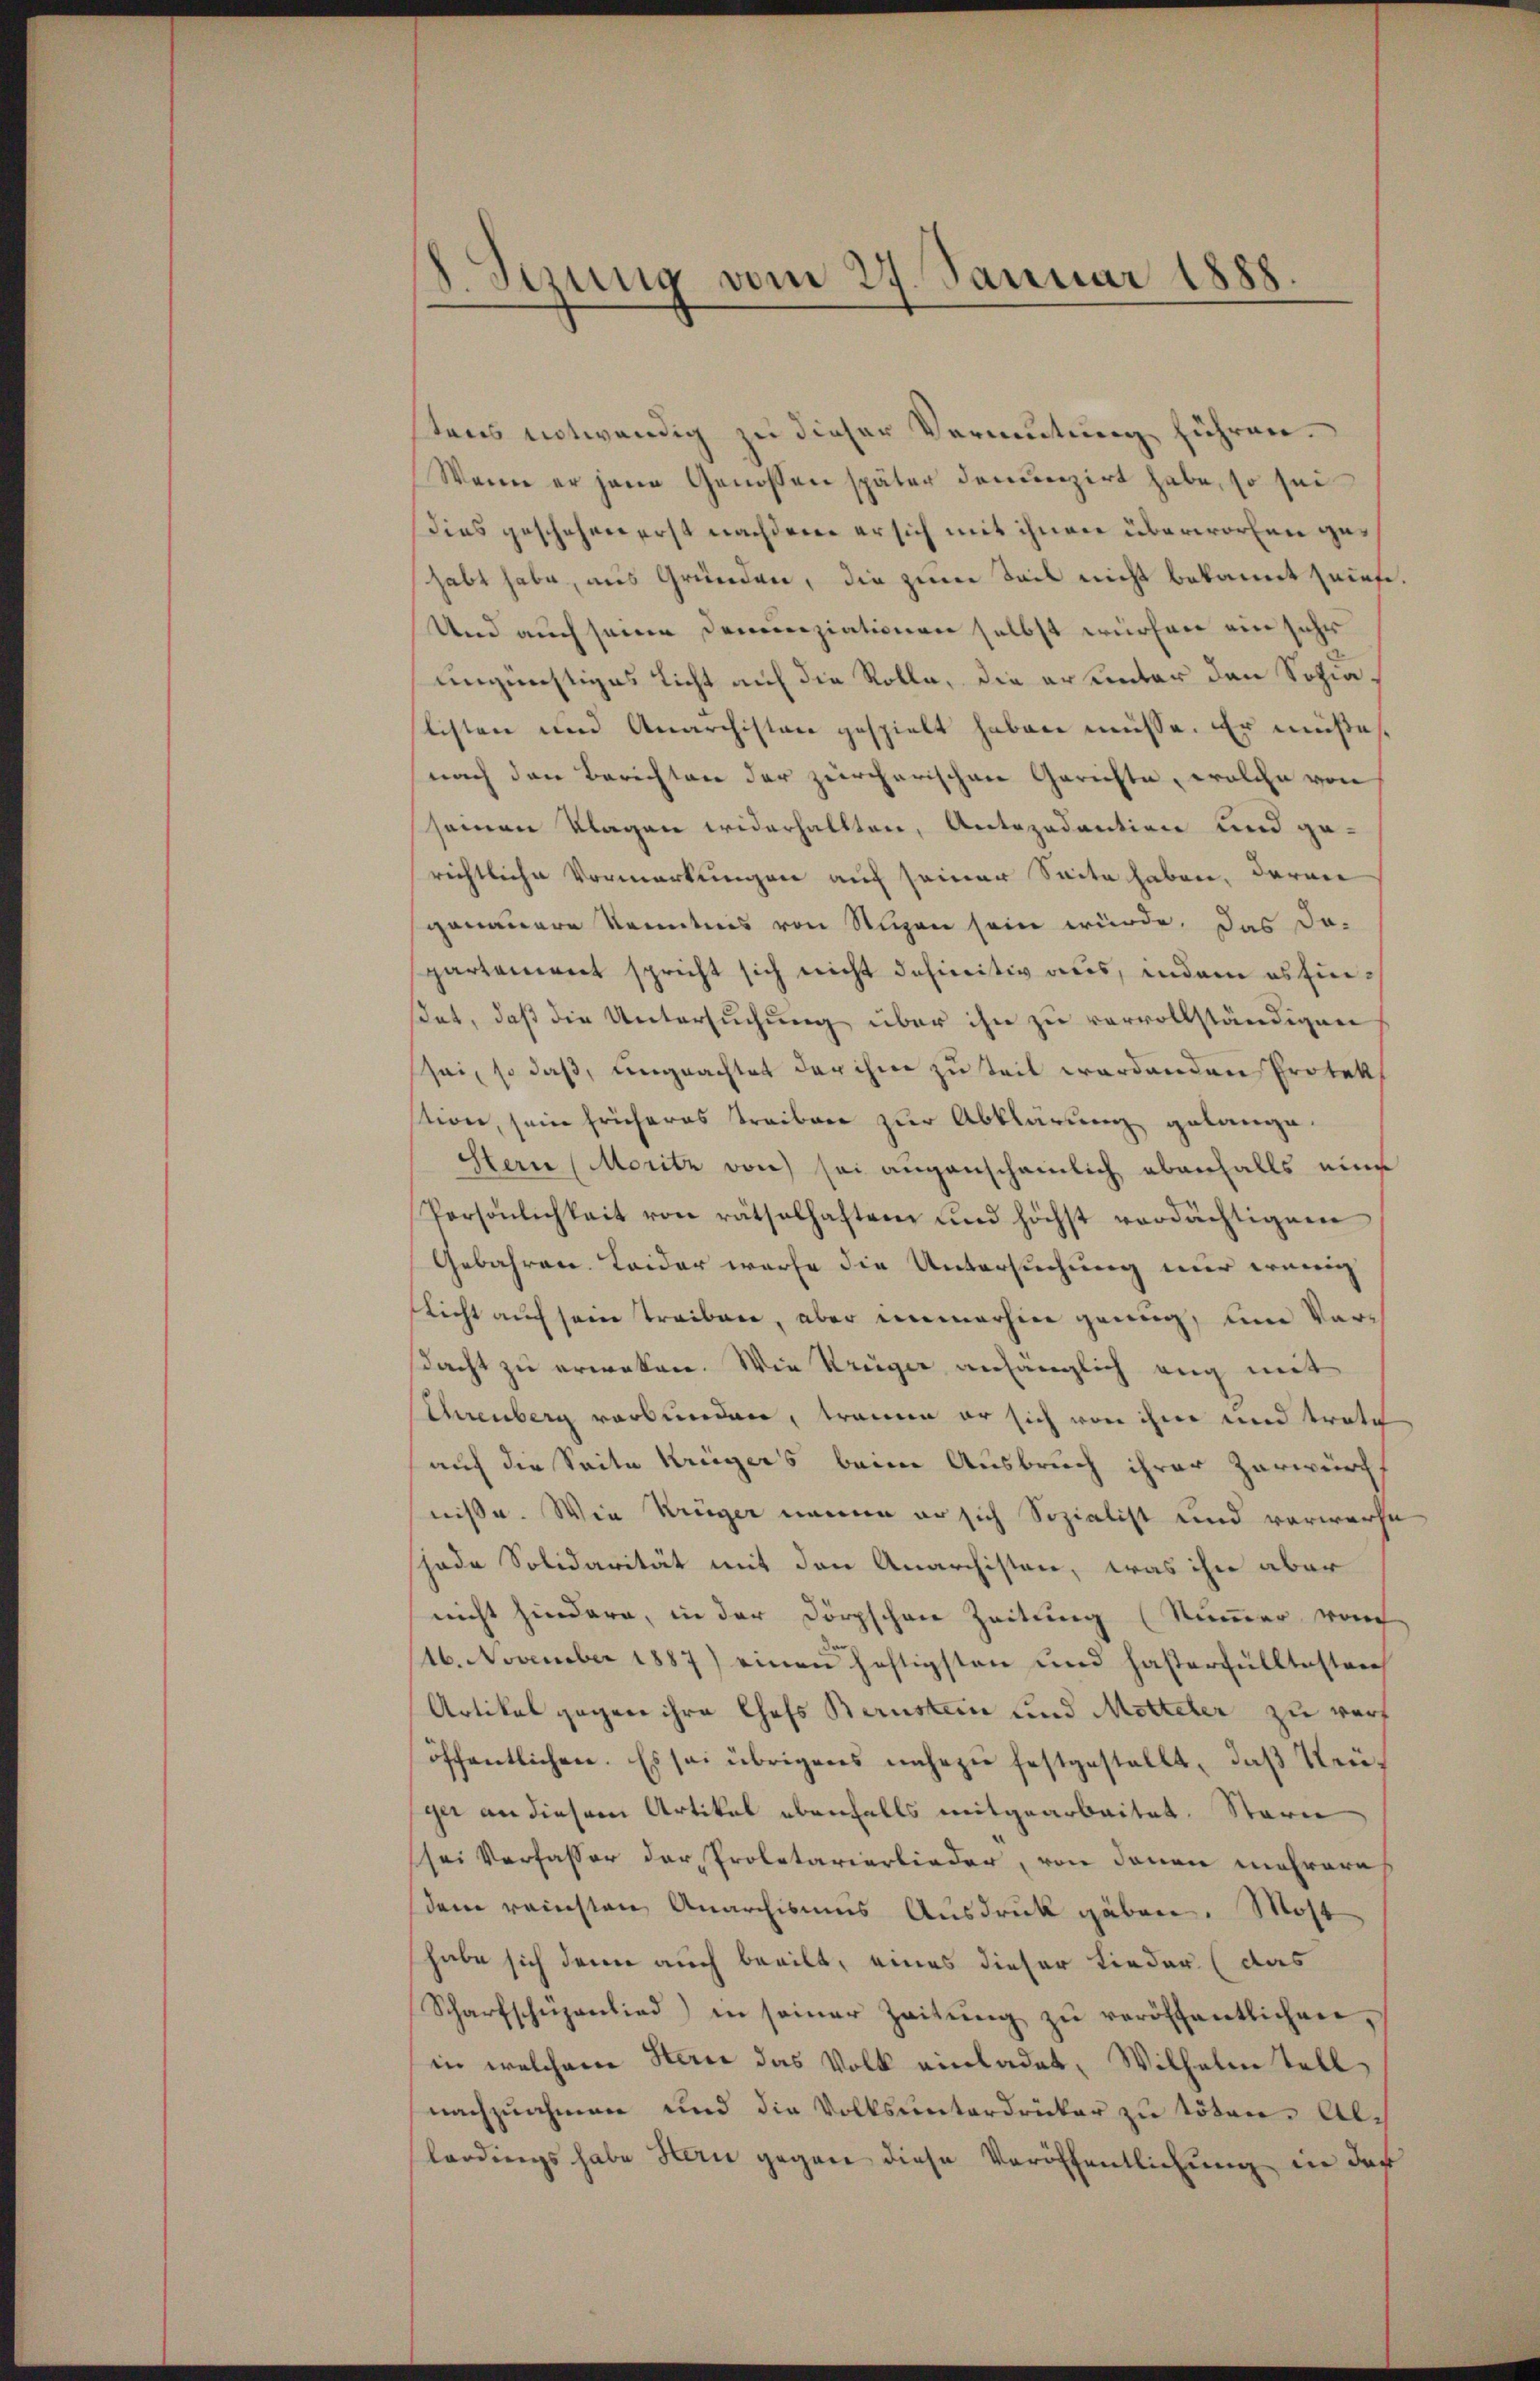
8. Sizung vom 27. Januar 1888.

tens entwendig zu dieser Vermutung führen.
Wenn er jene Genossen später denunzirt habe, so sei
dies geschehen erst nachdem er sich mit ihnen überworfen gehabt habe, aus Gründen, die zum Teils nicht bekannt zeite.
Und auch seine Denunziationen selbst würfen ein sehr
ungünstiges Licht auf die Rolle, die er unter den Sohin
listen und Anarchistor gespielt haben müsse. Er müße
nach den Berichten der zürcherischen Gerichte, welche von
seinen Klagen widerhaltten, Antozadention und gerichtliche Vormerkungen auf seiner Seite haben, daran
genauere Kenntnis von Stipen sein würde. Das Do-
partement spricht sich nicht dahieritiv aus, indem es finset, daß die Untersuchung über ihn zu vervollständigen
sei, so daß, ungeachtet der ihne zu teil werdenden Protek
tion, sein früheres Treiben zur Abklärung gelange.
Stern (Moritz von sei augenscheinlich ebenfalls eine
Persönlichkeit von rätselhaften und höchst verdächtigen
Gebahren. Leider warfe die Untersuchung nur wenig
Licht auf sein treiben, aber immerhin genug, um Vordacht zu erwaken. Wie Krüger anhänglich eng mit
Ehrenberg verbunden, trammen er sich von ihne und trate
auf die Seite Kriegers beim Ausbruch ihrer Zerwürf
niße. Wie Krüger neuen er sich Sozialist und vorwerfe
jade Solidarität mit den Anarchisten, was ihn aber
nicht hindere, in der Dörzschen Zeitung (Summer vom
116. November 1887) einen heftigsten und hasterfülltestren
Artikal gegen ihre Chefs Bernstein und Mitteler zu wart
öffentlichen. Es sei übrigens nahezu festgestellt, daβ Neüger an diesem Artikel ebenfalls mitgearbeitet. Stern
sei Verfasser der Proletarierlieder, von denen mehrere
dem reinsten Anarchismus Ausdruck gäben. Most
habe sich denn auch beeilt, eines dieser Lieder (das
Scharfschüzenlied in seiner Zeitŭng zŭ veröffentlichen,
in welchem Stern das Volk einladet, Wilhelm Tell
nachzuahmen und die Volksunterdrucker zu töten. Allerdings habe Hern gegen diese Veröffentlichung in der